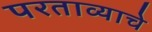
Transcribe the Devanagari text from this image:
परताव्याचे